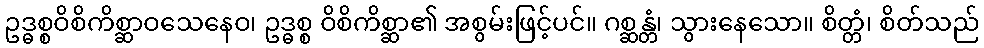
ဥဒ္ဓစ္စဝိစိကိစ္ဆာဝသေနေဝ၊ ဥဒ္ဓစ္စ ဝိစိကိစ္ဆာ၏ အစွမ်းဖြင့်ပင်။ ဂစ္ဆန္တံ၊ သွားနေသော။ စိတ္တံ၊ စိတ်သည်